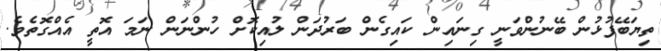
ތިޔަބޭފުޅުން ބޭނުންވަނީ ގިނައިން ކައިގެން ބަރުދަން ލުއިކޮށް ހުންނަން ނަމަ އޮތީ އެއްގޮތެވެ.